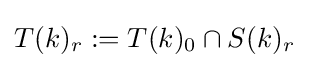
T(k)_{r}:=T(k)_{0}\cap S(k)_{r}